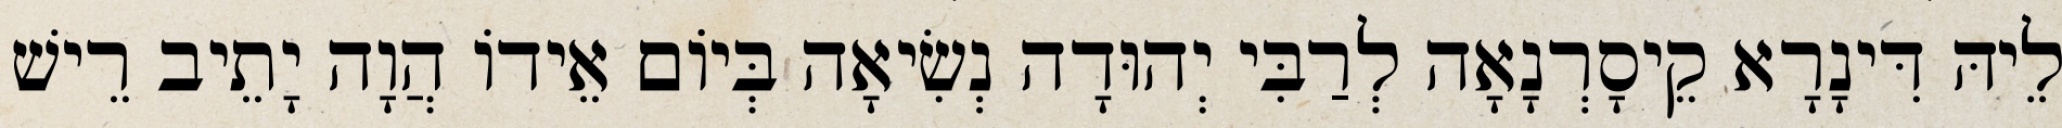
לֵיהּ דִּינָרָא קֵיסָרְנָאָה לְרַבִּי יְהוּדָה נְשִׂיאָה בְּיוֹם אֵידוֹ הֲוָה יָתֵיב רֵישׁ